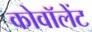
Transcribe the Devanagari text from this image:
कोवॉलेंट